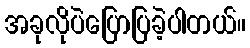
အခုလိုပဲပြောပြခဲ့ပါတယ်။